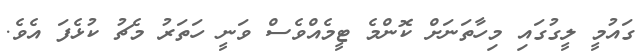
ގައުމީ ލީގުގައި މިހާތަނަށް ކޮންމެ ޓީމެއްވެސް ވަނީ ހަތަރު މެޗު ކުޅެފަ އެވެ.